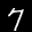
Label: 7